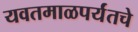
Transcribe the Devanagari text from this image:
यवतमाळपर्यंतचे